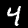
Label: 4